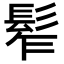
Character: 𩬟